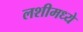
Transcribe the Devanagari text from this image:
लशीमध्ये